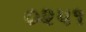
૦૨૫૧